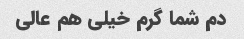
دم شما گرم خیلی هم عالی